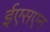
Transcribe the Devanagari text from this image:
ईएसएन